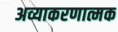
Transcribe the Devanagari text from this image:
अव्याकरणात्मक